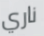
ناري